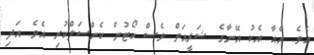
އެވެ. އެއާ އެކު އޭނާގެ ޝަރީއަތް ވެސް ކޯޓުން ކެންސަލްކުރި އެވެ. އަދި